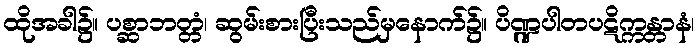
ထိုအခါ၌။ ပစ္ဆာဘတ္တံ၊ ဆွမ်းစားပြီးသည်မှနောက်၌။ ပိဏ္ဍပါတပဋိက္ကန္တာနံ၊